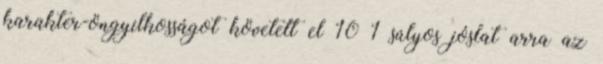
karakter-öngyilkosságot követett el 10 1 súlyos jóslat arra az